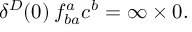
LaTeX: \delta ^ { D } ( 0 ) \: f _ { b a } ^ { a } c ^ { b } = \infty \times 0 .